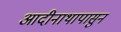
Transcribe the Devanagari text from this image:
आदीनाथापासुन